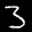
Label: 3